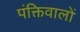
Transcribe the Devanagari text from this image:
पंक्तिवालों